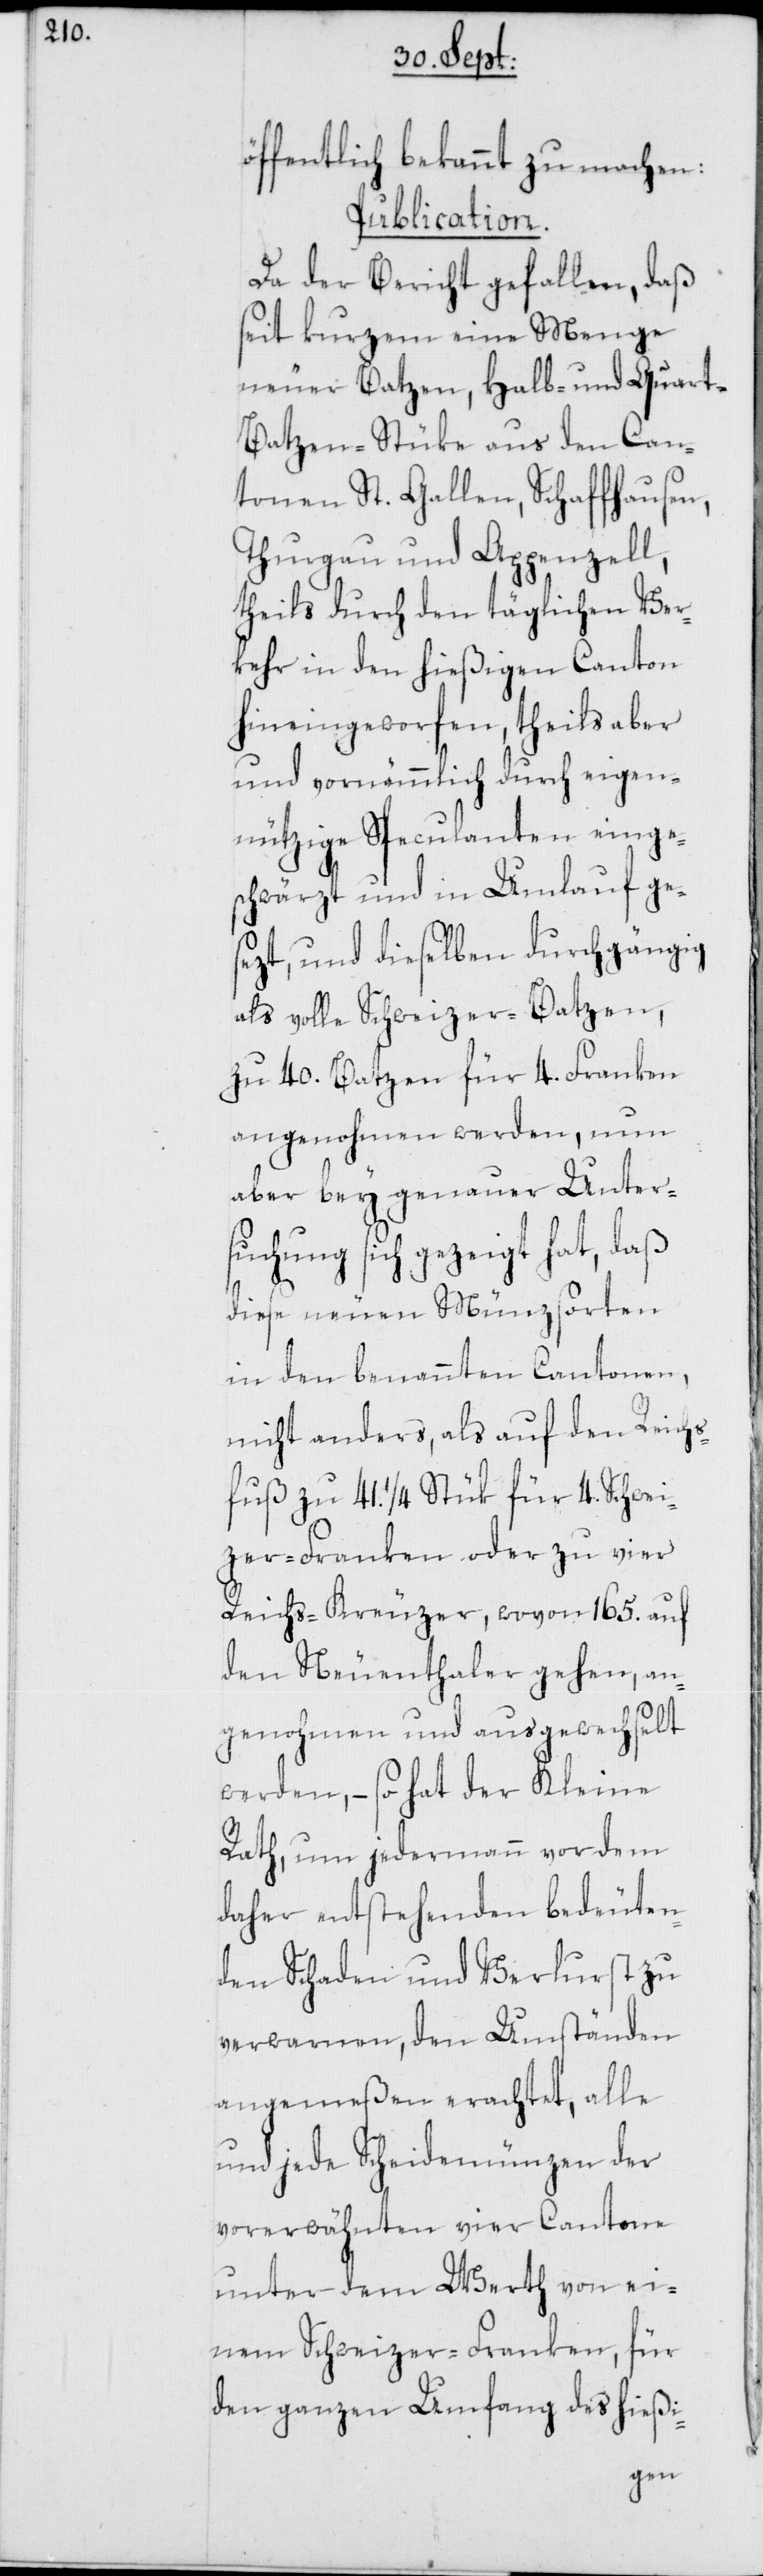
öffentlich bekannt zu machen:
Publication.
Da der Bericht gefallen, daß
seit kurzem eine Menge
neuer Batzen, Halb- und Quar¬
t-Batzen-Stüke aus den Can¬
tonen St. Gallen, Schaffhausen,
Thurgau und Appenzell,
theils durch den täglichen Ver¬
kehr in den hießigen Canton
hineingeworfen, theils aber
und vornämmlich durch eigen¬
nützige Speculanten einge¬
schwärzt und in Umlauf ges¬
ezt, und dieselben durchgängig
als volle Schweizer-Batzen,
zu 40. Batzen für 4. Franken
angenohmen werden, nun
aber bey genauer Unter¬
suchung sich gezeigt hat, daß
diese neuen Münzsorten
in den benannten Cantonen,
nicht anders, als auf den Reichs¬
fuß zu 41. 1/4 Stük für 4. Schwei¬
zer-Franken oder zu vier
Reichs-Kreuzer, wovon 165. auf
den Neuenthaler gehen, an¬
genohmen und ausgewechselt
werden, – so hat der Kleine
Rath, um jedermann vor dem
daher entstehenden bedeuten¬
den Schaden und Verlurst zu
verwarnen, den Umständen
angemeßen erachtet, alle
und jede Scheidemünzen der
vorerwähnten vier Cantone
unter dem Werth von ei¬
nem Schweizer-Franken, für
den ganzen Umfang des hießi-